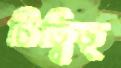
চিড়্‌বিড়্‌